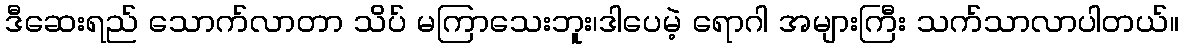
ဒီဆေးရည် သောက်လာတာ သိပ် မကြာသေးဘူး၊ဒါပေမဲ့ ရောဂါ အများကြီး သက်သာလာပါတယ်။